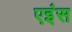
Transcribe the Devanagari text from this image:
एइंस